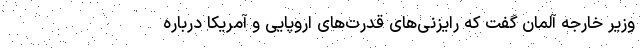
وزیر خارجه آلمان گفت که رایزنی‌های قدرت‌های اروپایی و آمریکا درباره